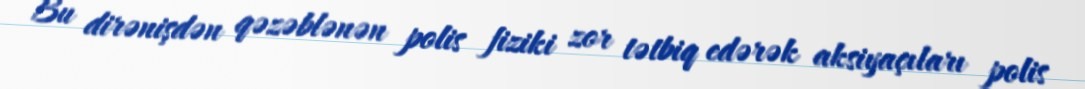
Bu dirənişdən qəzəblənən polis fiziki zor tətbiq edərək aksiyaçıları polis